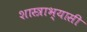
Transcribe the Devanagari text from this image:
शास्त्राभ्यासी